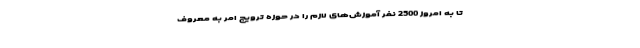
تا به امروز 2500 نفر آموزش‌های لازم را در حوزه ترویج امر به معروف